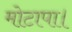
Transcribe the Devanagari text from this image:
मोटापा।